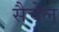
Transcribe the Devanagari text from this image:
सैचेल